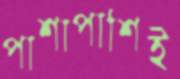
পাশাপাশিই